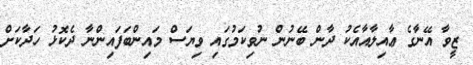
ޒީވާ އޭނާގެ ޢާއިލާއާއެކު ދާން ބޭނުން ނުވިކަމުގައި ވިޔަސް މައިންބަފައިންނާ ދެކޮޅު ހަދާކަށް